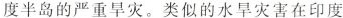
度半岛的严重旱灾。类似的水旱灾害在印度